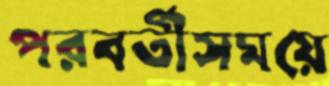
পরবর্তীসময়ে